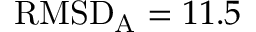
\mathrm { R M S D } _ { \mathrm { A } } = 1 1 . 5